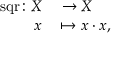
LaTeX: \begin{array} { r l } { \operatorname { s q r } \colon X } & { { } \to X } \\ { x } & { { } \mapsto x \cdot x , } \end{array}